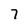
Character: 7